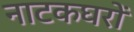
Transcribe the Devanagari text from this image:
नाटकघरों